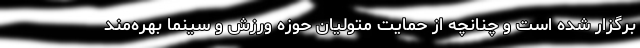
برگزار شده است و چنانچه از حمایت متولیان حوزه ورزش و سینما بهره‌مند